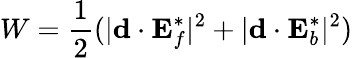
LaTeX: W=\frac 12(|\mathbf{d}\cdot\mathbf{E}_{f}^{*}|^{2}+|\mathbf{d}\cdot\mathbf{E}_{b}^{*}|^{2})